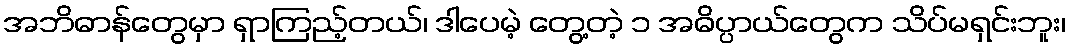
အဘိဓာန်တွေမှာ ရှာကြည့်တယ်၊ ဒါပေမဲ့ တွေ့တဲ့ ၁ အဓိပ္ပာယ်တွေက သိပ်မရှင်းဘူး၊